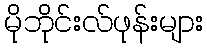
မိုဘိုင်းလ်ဖုန်းများ